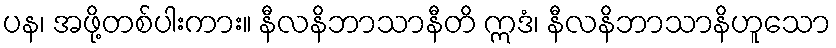
ပန၊ အဖို့တစ်ပါးကား။ နီလနိဘာသာနီတိ ဣဒံ၊ နီလနိဘာသာနိဟူသော